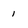
Character: 1